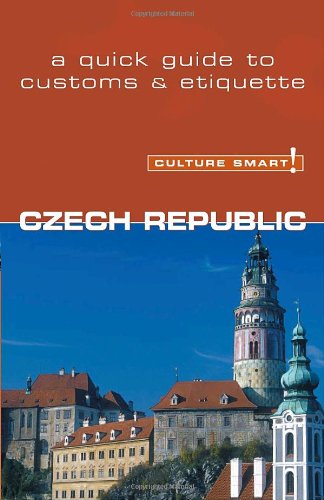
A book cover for Czech Republic - Culture Smart!: a quick guide to customs & etiquette; Nicole Rosenleaf Ritter; Travel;